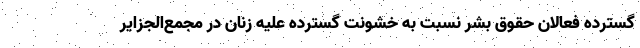
گسترده فعالان حقوق بشر نسبت به خشونت گسترده علیه زنان در مجمع‌الجزایر